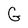
Character: G